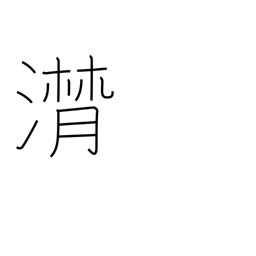
Meaning: flowing of tears